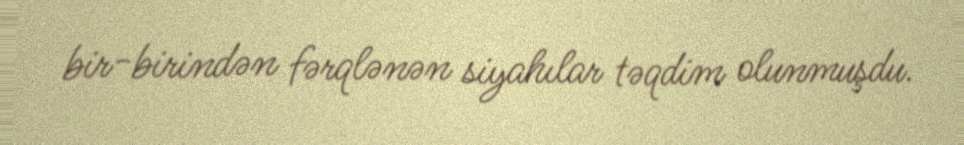
bir-birindən fərqlənən siyahılar təqdim olunmuşdu.